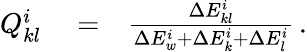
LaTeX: \begin{array}{rlr}{Q_{kl}^{i}}&{{}=}&{\frac{\Delta E_{kl}^{i}}{\Delta E_{w}^{i}+\Delta E_{k}^{i}+\Delta E_{l}^{i}}\, .}\end{array}